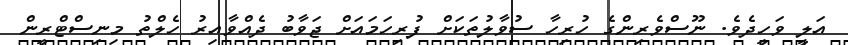
އަލީ ވަހީދެވެ. ނޫސްވެރިންގެ ހުރިހާ ސުވާލުތަކަށް ފުރިހަމައަށް ޖަވާބު ދެއްވާއިރު ހެލްތު މިނިސްޓްރީން